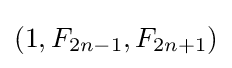
(1,F_{2n-1},F_{2n+1})